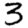
Digit: 3